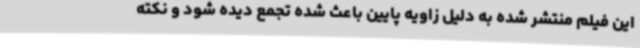
این فیلم منتشر شده به دلیل زاویه پایین باعث شده تجمع دیده شود و نکته